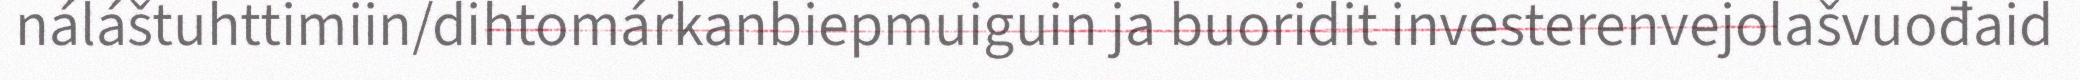
náláštuhttimiin/dihtomárkanbiepmuiguin ja buoridit investerenvejolašvuođaid